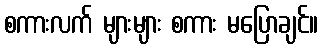
စကားလက် များများ စကား မပြောချင်။